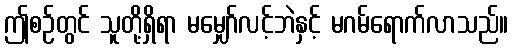
ဤစဉ်တွင် သူတို့ရှိရာ မမျှော်လင့်ဘဲနှင့် မဂမ်ရောက်လာသည်။